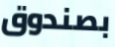
بصندوق